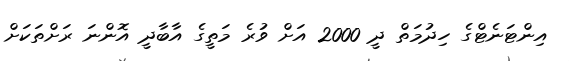
އިންޓަނެޓްގެ ހިދުމަތް ދީ 2000 އަށް ވުރެ މަތީގެ އާބާދީ އޮންނަ ރަށްތަކަށް